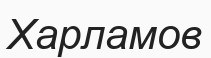
Харламов